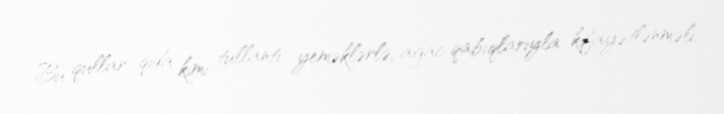
Bu qullar qida kimi tullantı yeməklərlə, ağac qabıqlarıyla kifayətlənməli,